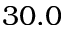
3 0 . 0